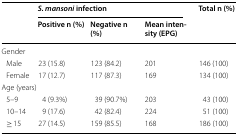
| <ROWSPAN=2>  | <COLSPAN=3> S. mansoni infection | <ROWSPAN=2> Total n (%) |
 | Positive n (%) | Negative n (%) | Mean intensity (EPG) |
 | --- | --- | --- | --- | --- |
 | <COLSPAN=5> Gender |
 | Male | 23 (15.8) | 123 (84.2) | 201 | 146 (100) |
 | Female | 17 (12.7) | 117 (87.3) | 169 | 134 (100) |
 | <COLSPAN=5> Age (years) |
 | 5–9 | 4 (9.3%) | 39 (90.7%) | 203 | 43 (100) |
 | 10–14 | 9 (17.6) | 42 (82.4) | 224 | 51 (100) |
 | ≥ 15 | 27 (14.5) | 159 (85.5) | 168 | 186 (100) |